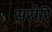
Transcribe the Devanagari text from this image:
सरोरि